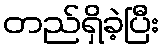
တည်ရှိခဲ့ပြီး